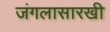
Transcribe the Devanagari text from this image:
जंगलासारखी